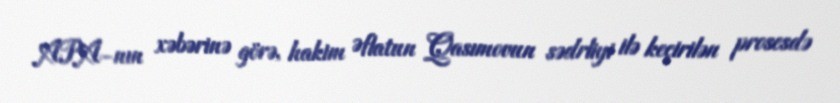
APA-nın xəbərinə görə, hakim Əflatun Qasımovun sədrliyi ilə keçirilən prosesdə